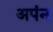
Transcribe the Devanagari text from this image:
अपंन